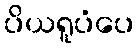
ပိယရူပံပေ